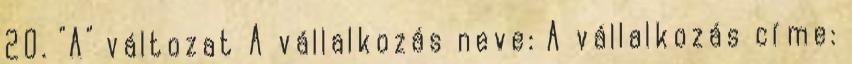
20. "A" változat A vállalkozás neve: A vállalkozás címe: